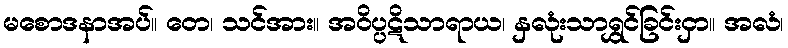
မစောဒနာအပ်။ တေ၊ သင်အား။ အဝိပ္ပဋိသာရာယ၊ နှလုံးသာရွှင်ခြင်းငှာ။ အလံ၊